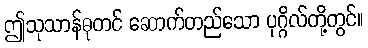
ဤသုသာန်ဓုတင် ဆောက်တည်သော ပုဂ္ဂိလ်တို့တွင်။